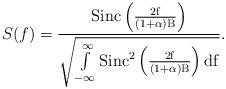
LaTeX: \begin{align*}S_{}(f)=\frac{\rm{Sinc}\left(\frac{2 f}{(1+\alpha)B}\right)}{\sqrt{\int\limits_{- \infty}^{\infty} \rm{Sinc}^2\left(\frac{2 f}{(1+\alpha)B}\right) df}}.\end{align*}